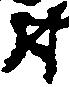
尉